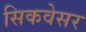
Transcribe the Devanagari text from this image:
सिकवेसर